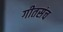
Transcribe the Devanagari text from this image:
गीतसंच